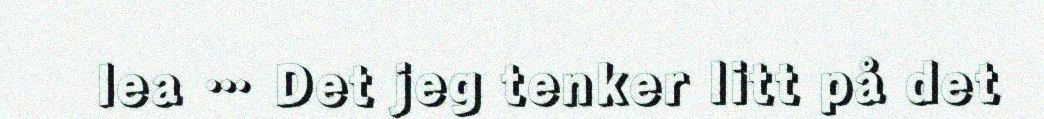
lea … Det jeg tenker litt på det